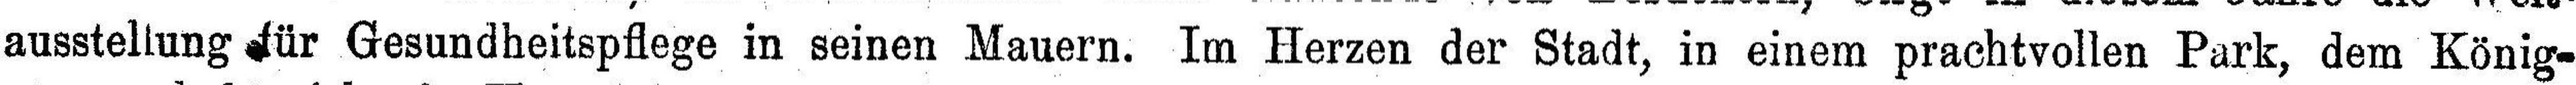
ausstellung für Gesundheitspflege in seinen Mauern. Im Herzen der Stadt, in einem prachtvollen Park, dem König¬